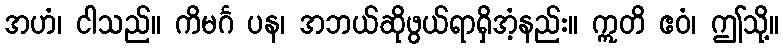
အဟံ၊ ငါသည်။ ကိမင်္ဂ ပန၊ အဘယ်ဆိုဖွယ်ရာရှိအံ့နည်း။ ဣတိ ဧဝံ၊ ဤသို့။